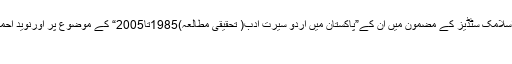
2016ء)پنجاب یونیورسٹی نے طاہرہ عبدالقدوس دخترعبدالقدوس کواسلامک سٹڈیز کے مضمون میں ان کے”پاکستان میں اْردو سیرت ادب( تحقیقی مطالعہ)1985تا2005“ کے موضوع پر اورنوید احمد گل ولدمحمداس خبر کی تفصیل پڑھنے کیلئے یہاں پر کلک کیجئے
13/03/2016 - 17:12:08 :وقت اشاعت